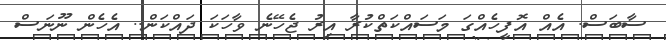
ސާބަސް. އެއް އޮފީހެއްގަ މަސައްކަތްކުރާ އިރު ޖެހޭނެ ވާހަކަ ދައްކަން.. އެހެން ނޫނަސް